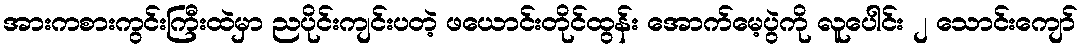
အားကစားကွင်းကြီးထဲမှာ ညပိုင်းကျင်းပတဲ့ ဖယောင်းတိုင်ထွန်း အောက်မေ့ပွဲကို လူပေါင်း ၂ သောင်းကျော်